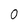
Character: 0